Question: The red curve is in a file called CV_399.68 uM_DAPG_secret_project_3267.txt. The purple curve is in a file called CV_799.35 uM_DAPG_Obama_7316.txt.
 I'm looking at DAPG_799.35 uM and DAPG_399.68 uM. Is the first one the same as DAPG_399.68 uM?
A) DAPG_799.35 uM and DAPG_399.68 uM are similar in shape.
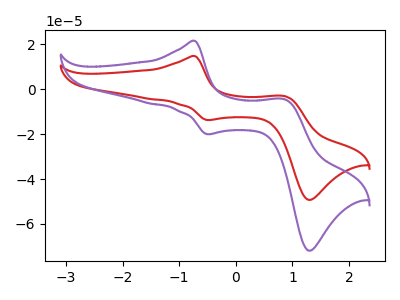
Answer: <think>The red curve "DAPG_399.68 uM" has anodic peaks at (-0.75V, 14.75uA) (0.85V, -3.10uA) and cathodic peaks at (-0.50V, -13.75uA) (1.30V, -49.25uA). The purple curve "DAPG_799.35 uM" has anodic peaks at (-0.75V, 21.50uA) (0.85V, -4.55uA) and cathodic peaks at (-0.50V, -20.05uA) (1.30V, -71.85uA).
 All the peaks in "DAPG_799.35 uM" have a peak in "DAPG_399.68 uM" at the same potential.</think>
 <answer>A) "DAPG_799.35 uM" and "DAPG_399.68 uM" are similar in shape.</answer>
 <eval>A</eval>